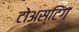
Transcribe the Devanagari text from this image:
टोअस्टिंग